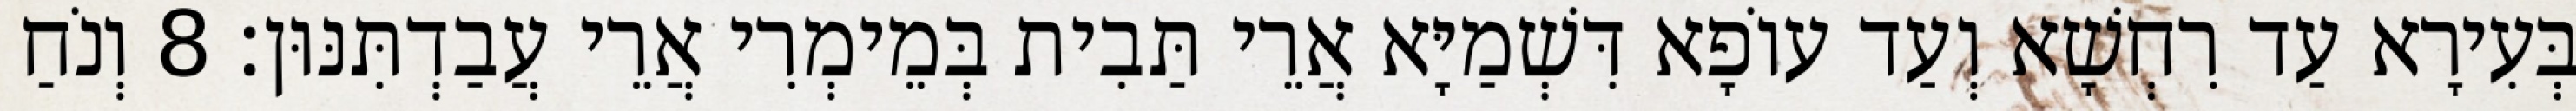
בְּעִירָא עַד רִחְשָׁא וְעַד עוֹפָא דִּשְׁמַיָּא אֲרֵי תַּבִית בְּמֵימְרִי אֲרֵי עֲבַדְתִּנּוּן׃ 8 וְנֹחַ